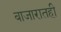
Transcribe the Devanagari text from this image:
बाजारातही